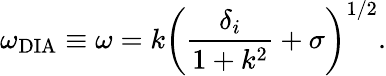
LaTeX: \omega_{\textrm{DIA}}\equiv\omega=k\left(\frac{\delta_{i}}{1+k^{2}}+\sigma\right)^{1/2}.